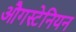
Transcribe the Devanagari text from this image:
औगस्टेनियन